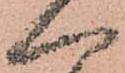
へ